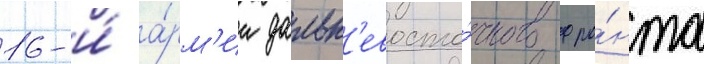
16-и́ а́рм'ии дальн'евосто́чного фро́нта